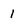
Character: 1